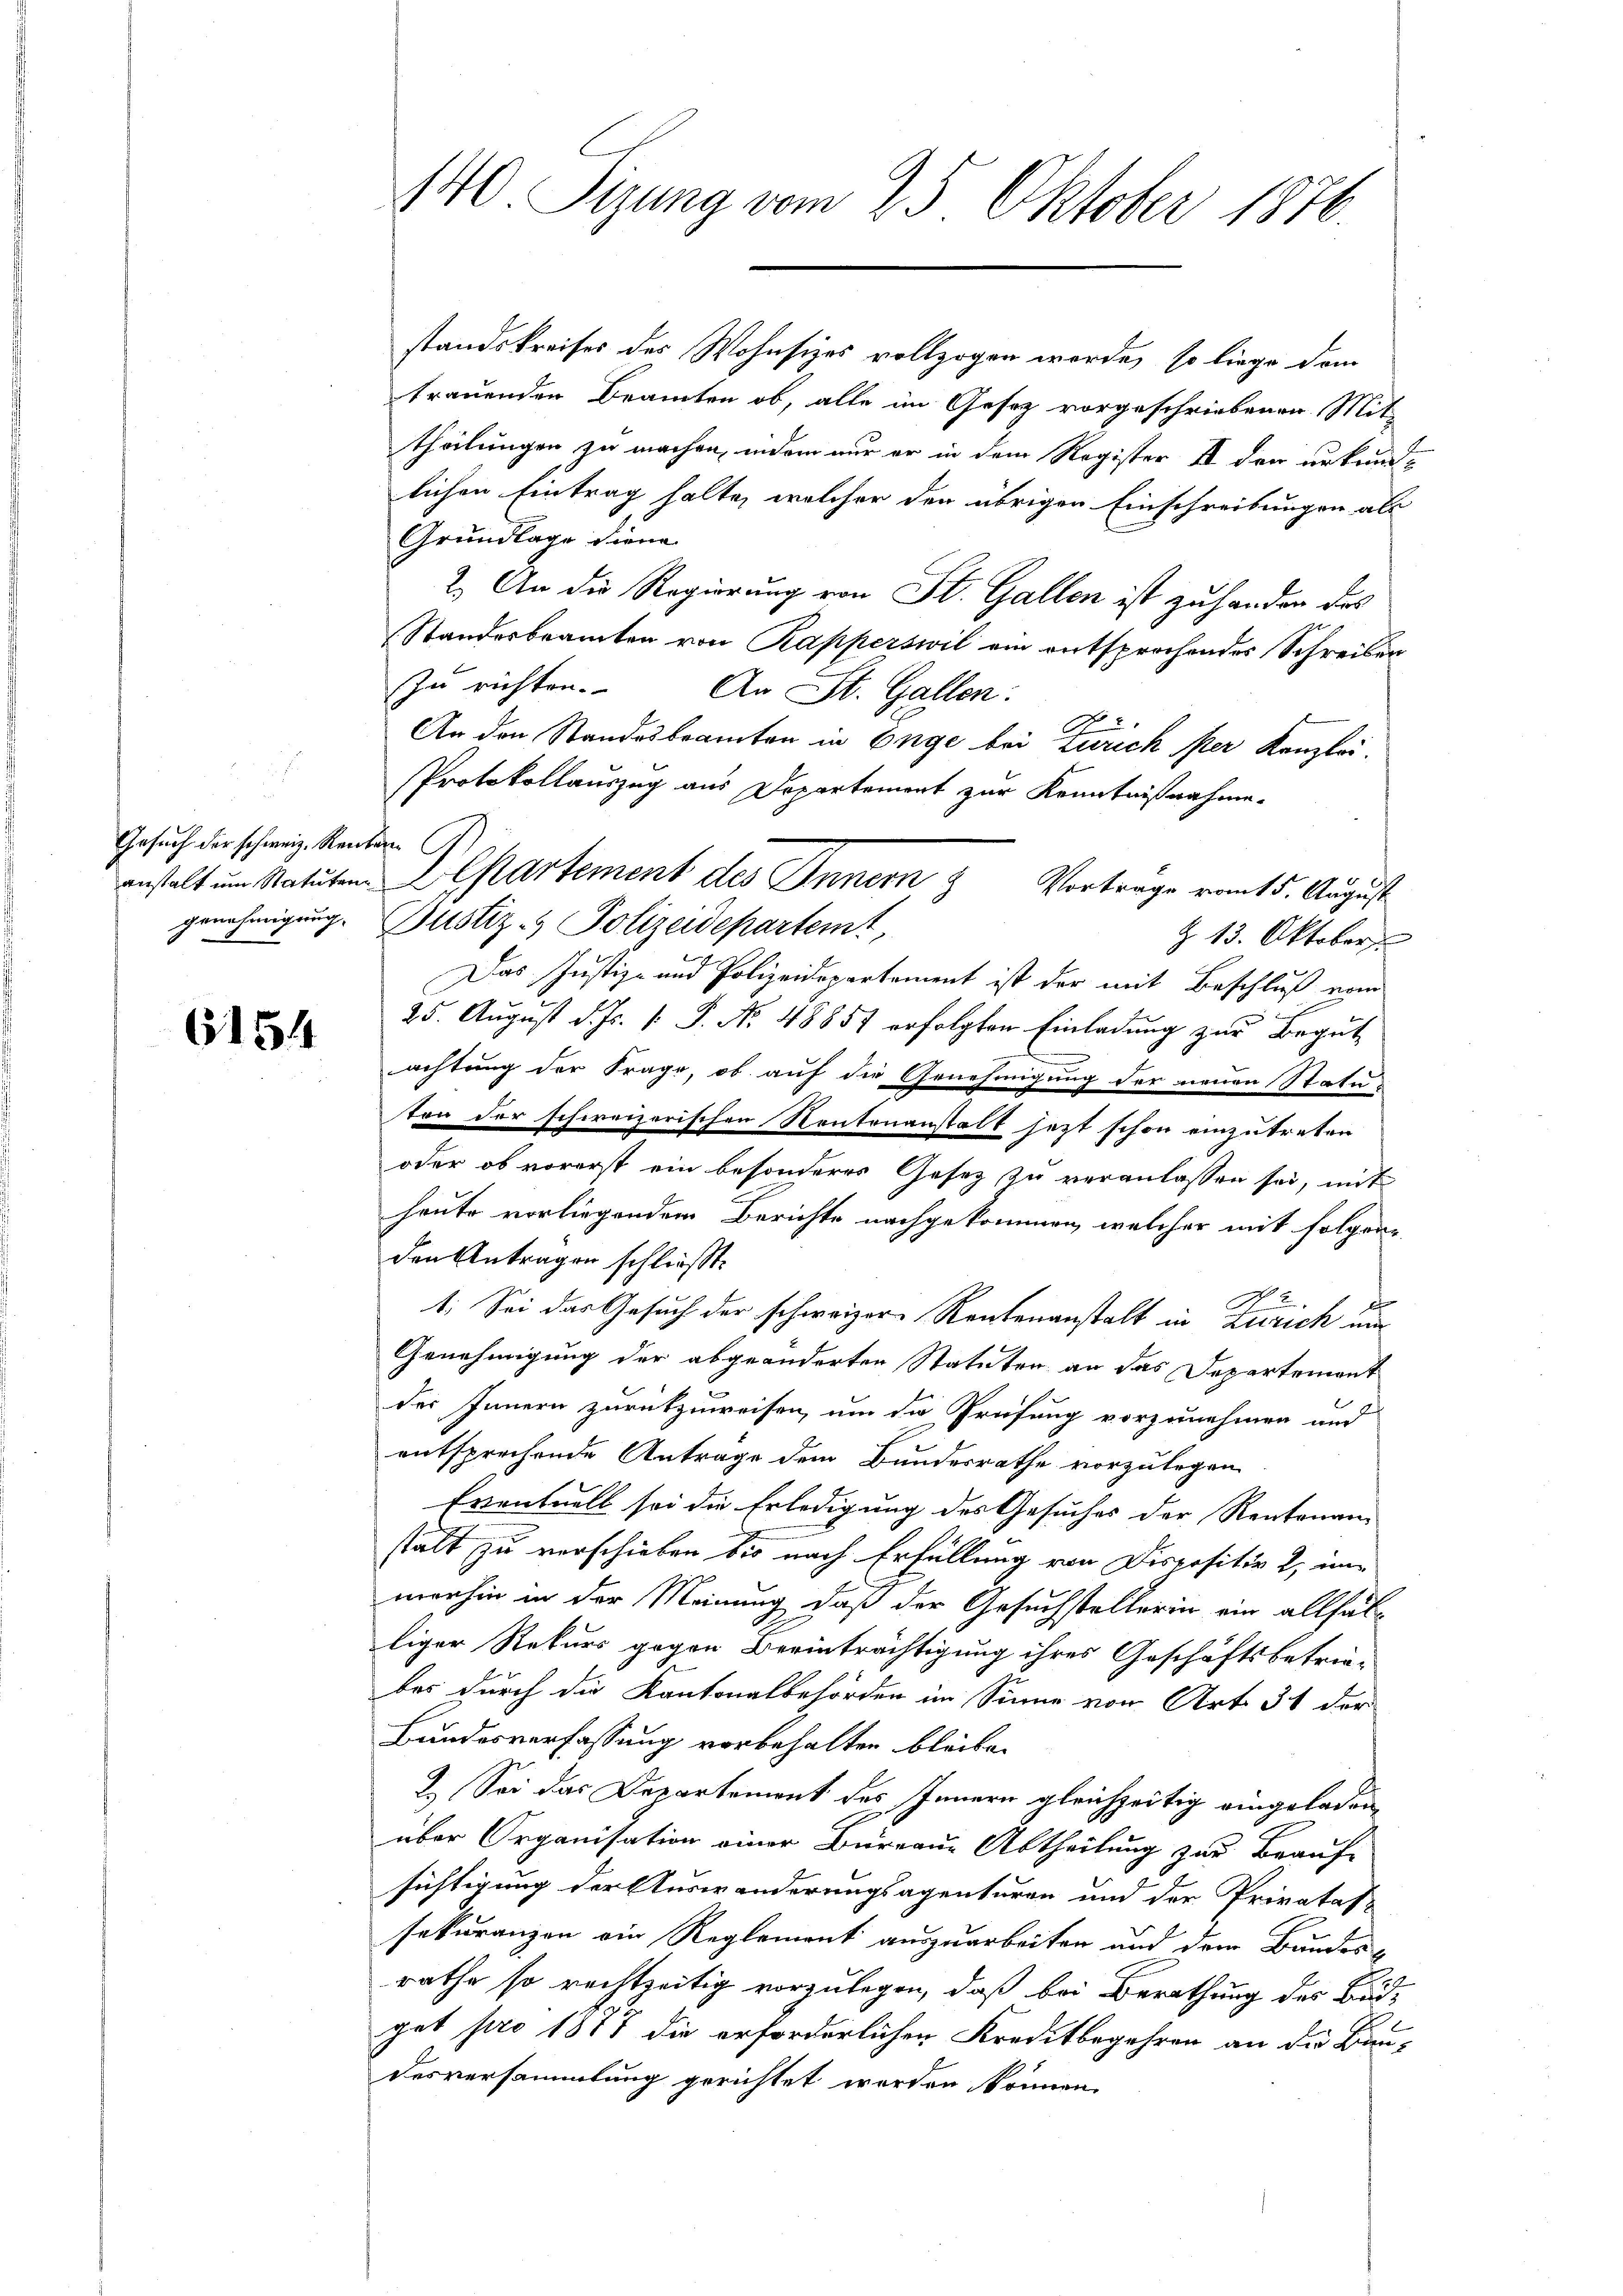
Gesuch der schweiz. Renten

6154

440. Sizung vom 25. Oktober 1876.

standskreises des Wohnsizes vollzogen werde, so liege dem
trauenden Beamten ob, alle im Gesetz vorgeschriebenen Mit-
theilungen zu machen, indem nur er in dem Register II der urkundlichen Eintrag halte, welcher den übrigen Einschreibungen als
Grundlage diene
2.) An die Regierung von St. Gallen ist zu handen des
Standesbeamten von Rapperswil ein entsprechendes Schreiben
zu richten. An St. Gallen.
Ao.
An den Standesbeamten in Enge bei Zürich per Kanzlei-
Protokollauszug aus Departement zur Kenntnißnahme.
genehmigung. Justiz - Polizeidepartemt,
Z 13. Oktober
Das Justiz- und Polizeidepartement ist der mit Beschluß vom
25. August d. Js. 1. P. No. 48857 erfolgten Einladung zur Begutachtung der Frage, ob auf die Genehmigung der neuen Statu
ton der schweizerischen Rentenanstalt jetzt schon einzutreten
oder ob vorerst ein besonderes Gesez zu veranlassen sei, mit
heute vorliegendem Berichte nachgekommen, welcher mit folgen-
den Antragen schließt:
2
1. Sei das Gesuch der schweizer Rentenanstalt in Zürich um
Genehmigung der abgeänderten Statuten an das Departement
t
des Innern zurükzuweisen, um die Prüfung vorzunehmen und
entsprechende Antrage dem Bundesrathe vorzulegen.
Eventuell sei die Erledigung des Gesuches der Rentenan
stalt zu verschieben bis nach Erfüllung von Dispositiv 2, immenhin in der Meinung daß der Gesuchstellerin ein allfälliger Rekurs gegen Beeinträchtigung ihres Geschäftsbetrie-
bes durch die Kantonalbehörden im Sinne von Art. 31 der
Bundesverfassung vorbehalten bleibe.
 Sei das Departement des Innern gleichzeitig eingeladen,
über Organisation einer Büreaue Abtheilung zur Beauf-
sichtigung der Auswanderungsagenturen und der Privatal-
sekuranzen ein Reglement auszuarbeiten und dem Bundes-
rathe so rechtzeitig vorzulegen, daß bei Berathung des Budget pro 1877 die erforderlichen Kreditbegehren an die Baudesversammlung gerichtet werden können.

anstalt im Statuten Departement des Innern & Vortrage vom 15. August